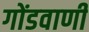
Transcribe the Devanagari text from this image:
गोंडवाणी